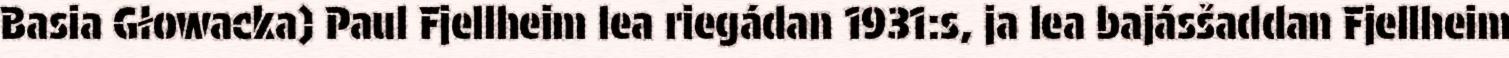
Basia Głowacka) Paul Fjellheim lea riegádan 1931:s, ja lea bajásšaddan Fjellheim